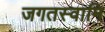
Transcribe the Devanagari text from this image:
जगतस्‍वामि